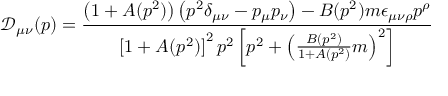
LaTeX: \mathcal { D } _ { \mu \nu } ( p ) = \frac { \left( 1 + A ( p ^ { 2 } ) \right) \left( p ^ { 2 } \delta _ { \mu \nu } - p _ { \mu } p _ { \nu } \right) - B ( p ^ { 2 } ) m \epsilon _ { \mu \nu \rho } p ^ { \rho } } { \left[ 1 + A ( p ^ { 2 } ) \right] ^ { 2 } p ^ { 2 } \left[ p ^ { 2 } + \left( \frac { B ( p ^ { 2 } ) } { 1 + A ( p ^ { 2 } ) } m \right) ^ { 2 } \right] }